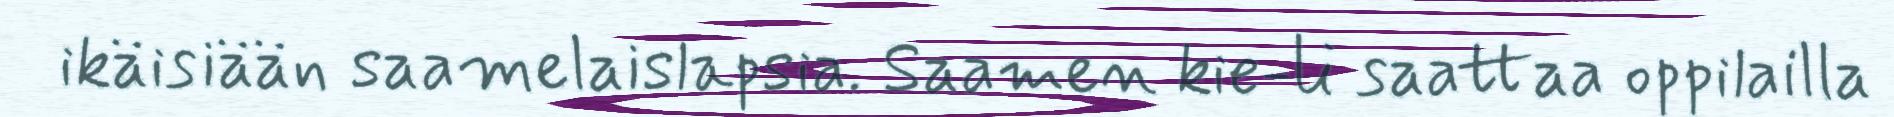
ikäisiään saamelaislapsia. Saamen kie-li saattaa oppilailla